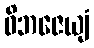
ဝိဘဇေယျံ